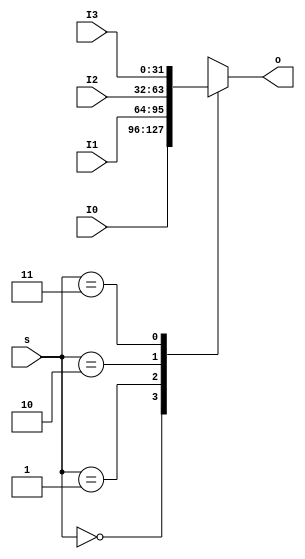
`timescale 1ns / 1ps
//////////////////////////////////////////////////////////////////////////////////
// Company: 
// Engineer: 
// 
// Design Name: 
// Module Name:    MUX8T1_32 
// Project Name: 
// Target Devices: 
// Tool versions: 
// Description: 
//
// Dependencies: 
//
// Revision: 
// Revision 0.01 - File Created
// Additional Comments: 
//
//////////////////////////////////////////////////////////////////////////////////
module   MUX4T1_32(input [1:0]s,
						 input [31:0]I0,
						 input [31:0]I1,
						 input [31:0]I2,
						 input [31:0]I3,						
						 output reg [31:0]o
						 );

		always @ * //324,I0I1I2I30123
			case(s)
				2'd0: o = I0;
				2'd1: o = I1;
				2'd2: o = I2;
				2'd3: o = I3;
			endcase	
endmodule